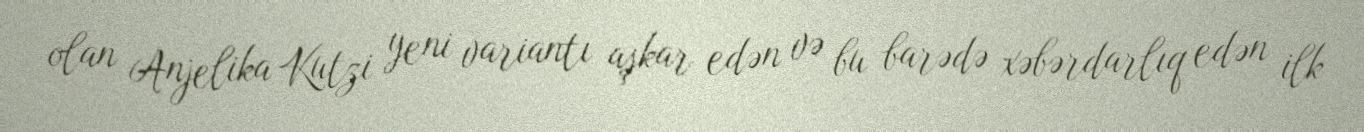
olan Anjelika Kutzi yeni variantı aşkar edən və bu barədə xəbərdarlıq edən ilk